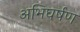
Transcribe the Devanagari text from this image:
अभिघर्षण